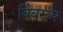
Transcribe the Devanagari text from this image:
बिंबरूप